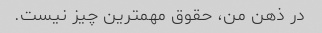
در ذهن من، حقوق مهمترین چیز نیست.